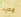
مدينا